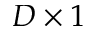
D \times 1